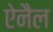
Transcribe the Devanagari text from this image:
ऐनैल